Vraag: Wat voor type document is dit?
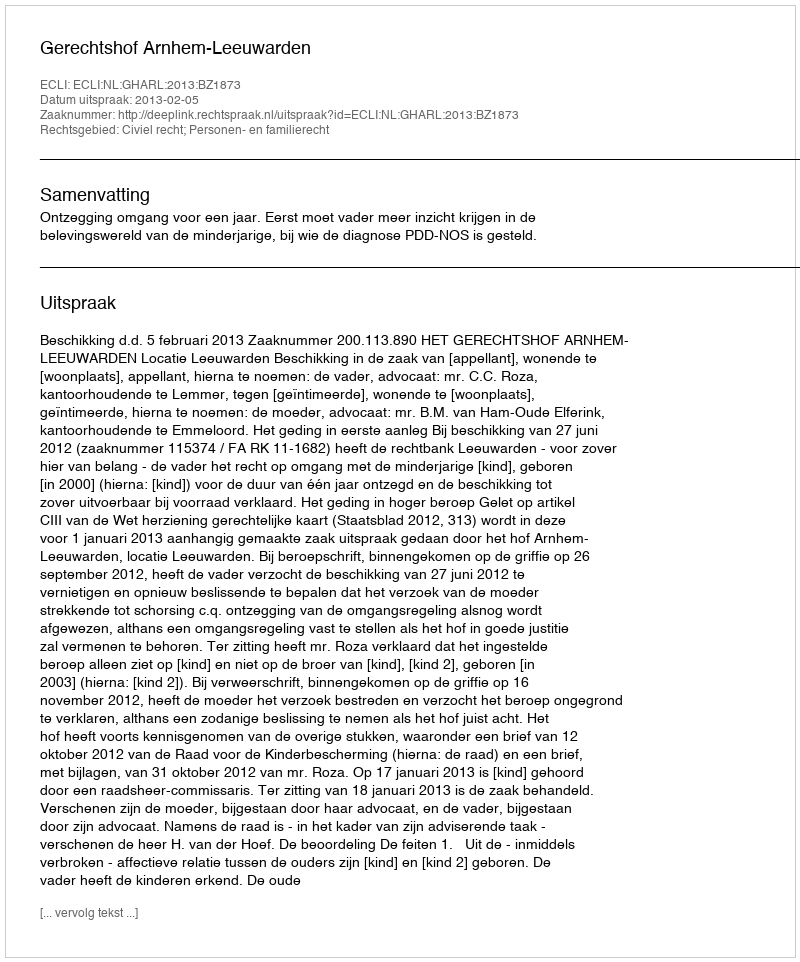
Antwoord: Uitspraak